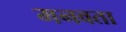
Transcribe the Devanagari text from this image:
मनवता